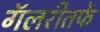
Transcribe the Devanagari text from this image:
गॅलरीतर्फे